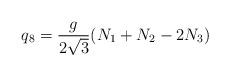
LaTeX: \begin{align*}q_8 = {g \over {2\sqrt{3}}} (N_1+N_2-2N_3)\end{align*}